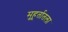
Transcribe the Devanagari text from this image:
मुहूर्तातला